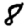
Digit: 8